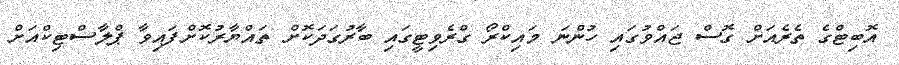
އޮބިޓްގެ ތެރެއަށް ގޮސް ޖައްވުގައި ހުންނަ މައިކްރޯ ގްރެވިޓީގައި ބާރުގަދަކޮށް ތައްޔާރުކޮށްފައިވާ ޕްލާސްޓިކްއަށް